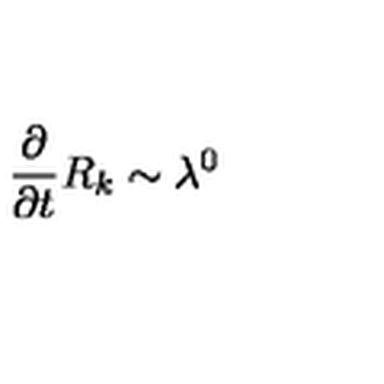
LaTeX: \frac { \partial } { \partial { t } } R _ { k } \sim \lambda ^ { 0 }